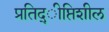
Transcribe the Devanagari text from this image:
प्रतिद्ीप्तिशील